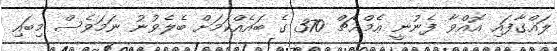
ލައްގާފައި އޮއްވާ ފެނުނީ އެމްއެޗް 370 ގެ ބައެއްކަމަށް ބެލެވުނު ނަމަވެސް މިބައި